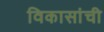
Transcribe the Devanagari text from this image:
विकासांची